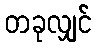
တခုလျှင်